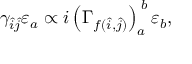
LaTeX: \gamma _ { \hat { i } \hat { j } } \varepsilon _ { a } \propto i \left( \Gamma _ { f ( \hat { i } , \hat { j } ) } \right) _ { a } ^ { \; b } \varepsilon _ { b } ,